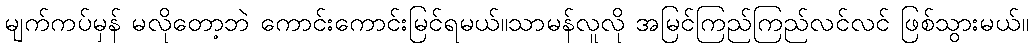
မျက်ကပ်မှန် မလိုတော့ဘဲ ကောင်းကောင်းမြင်ရမယ်။သာမန်လူလို အမြင်ကြည်ကြည်လင်လင် ဖြစ်သွားမယ်။